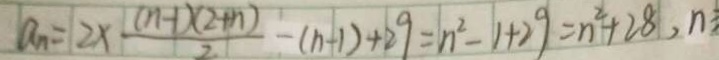
a _ { n } = 2 \times \frac { ( n - 1 ) ( 2 + n ) } { 2 } - ( n - 1 ) + 2 9 = n ^ { 2 } - 1 + 2 9 = n ^ { 2 } + 2 8 , n